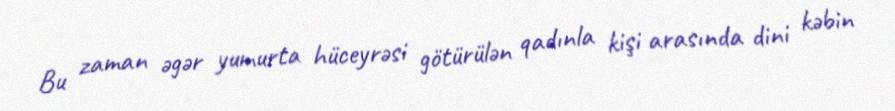
Bu zaman əgər yumurta hüceyrəsi götürülən qadınla kişi arasında dini kəbin